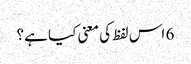
6 اس لفظ کی معنی کیا ہے؟